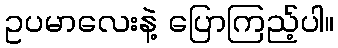
ဥပမာလေးနဲ့ ပြောကြည့်ပါ။